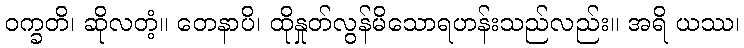
ဝက္ခတိ၊ ဆိုလတံ့။ တေနာပိ၊ ထိုနှုတ်လွန်မိသောရဟန်းသည်လည်း။ အရိ ယဿ၊